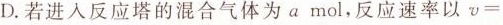
D.若进入反应塔的混合气体为amol，反应速率以\upsilon =